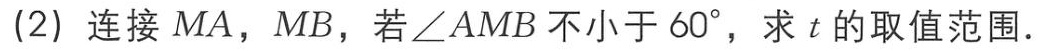
(2) 连接 \(MA\)，\(MB\)，若\(\angle AMB\)不小于 \(60^{\circ}\)，求 \(t\) 的取值范围.